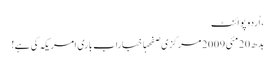
، اُردو پوائنٹ
بدھ 20 مئی 2009 مرکزی صفحہاخباراب باری امریکہ کی ہے!